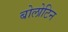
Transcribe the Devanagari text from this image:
बोलोटिन